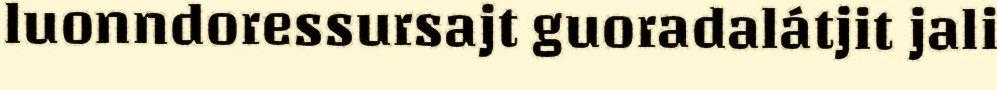
luonndoressursajt guoradalátjit jali